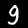
Label: 9